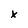
Character: x